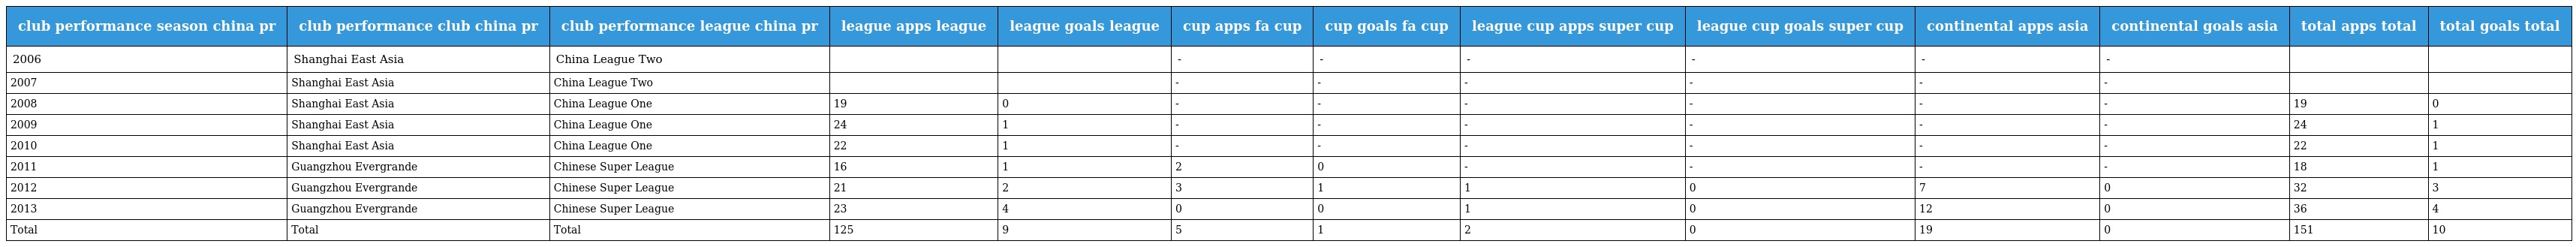
| club performance season china pr | club performance club china pr | club performance league china pr | league apps league | league goals league | cup apps fa cup | cup goals fa cup | league cup apps super cup | league cup goals super cup | continental apps asia | continental goals asia | total apps total | total goals total |
 | --- | --- | --- | --- | --- | --- | --- | --- | --- | --- | --- | --- | --- |
 | 2006 | Shanghai East Asia | China League Two |  |  | - | - | - | - | - | - |  |  |
 | 2007 | Shanghai East Asia | China League Two |  |  | - | - | - | - | - | - |  |  |
 | 2008 | Shanghai East Asia | China League One | 19 | 0 | - | - | - | - | - | - | 19 | 0 |
 | 2009 | Shanghai East Asia | China League One | 24 | 1 | - | - | - | - | - | - | 24 | 1 |
 | 2010 | Shanghai East Asia | China League One | 22 | 1 | - | - | - | - | - | - | 22 | 1 |
 | 2011 | Guangzhou Evergrande | Chinese Super League | 16 | 1 | 2 | 0 | - | - | - | - | 18 | 1 |
 | 2012 | Guangzhou Evergrande | Chinese Super League | 21 | 2 | 3 | 1 | 1 | 0 | 7 | 0 | 32 | 3 |
 | 2013 | Guangzhou Evergrande | Chinese Super League | 23 | 4 | 0 | 0 | 1 | 0 | 12 | 0 | 36 | 4 |
 | Total | Total | Total | 125 | 9 | 5 | 1 | 2 | 0 | 19 | 0 | 151 | 10 |